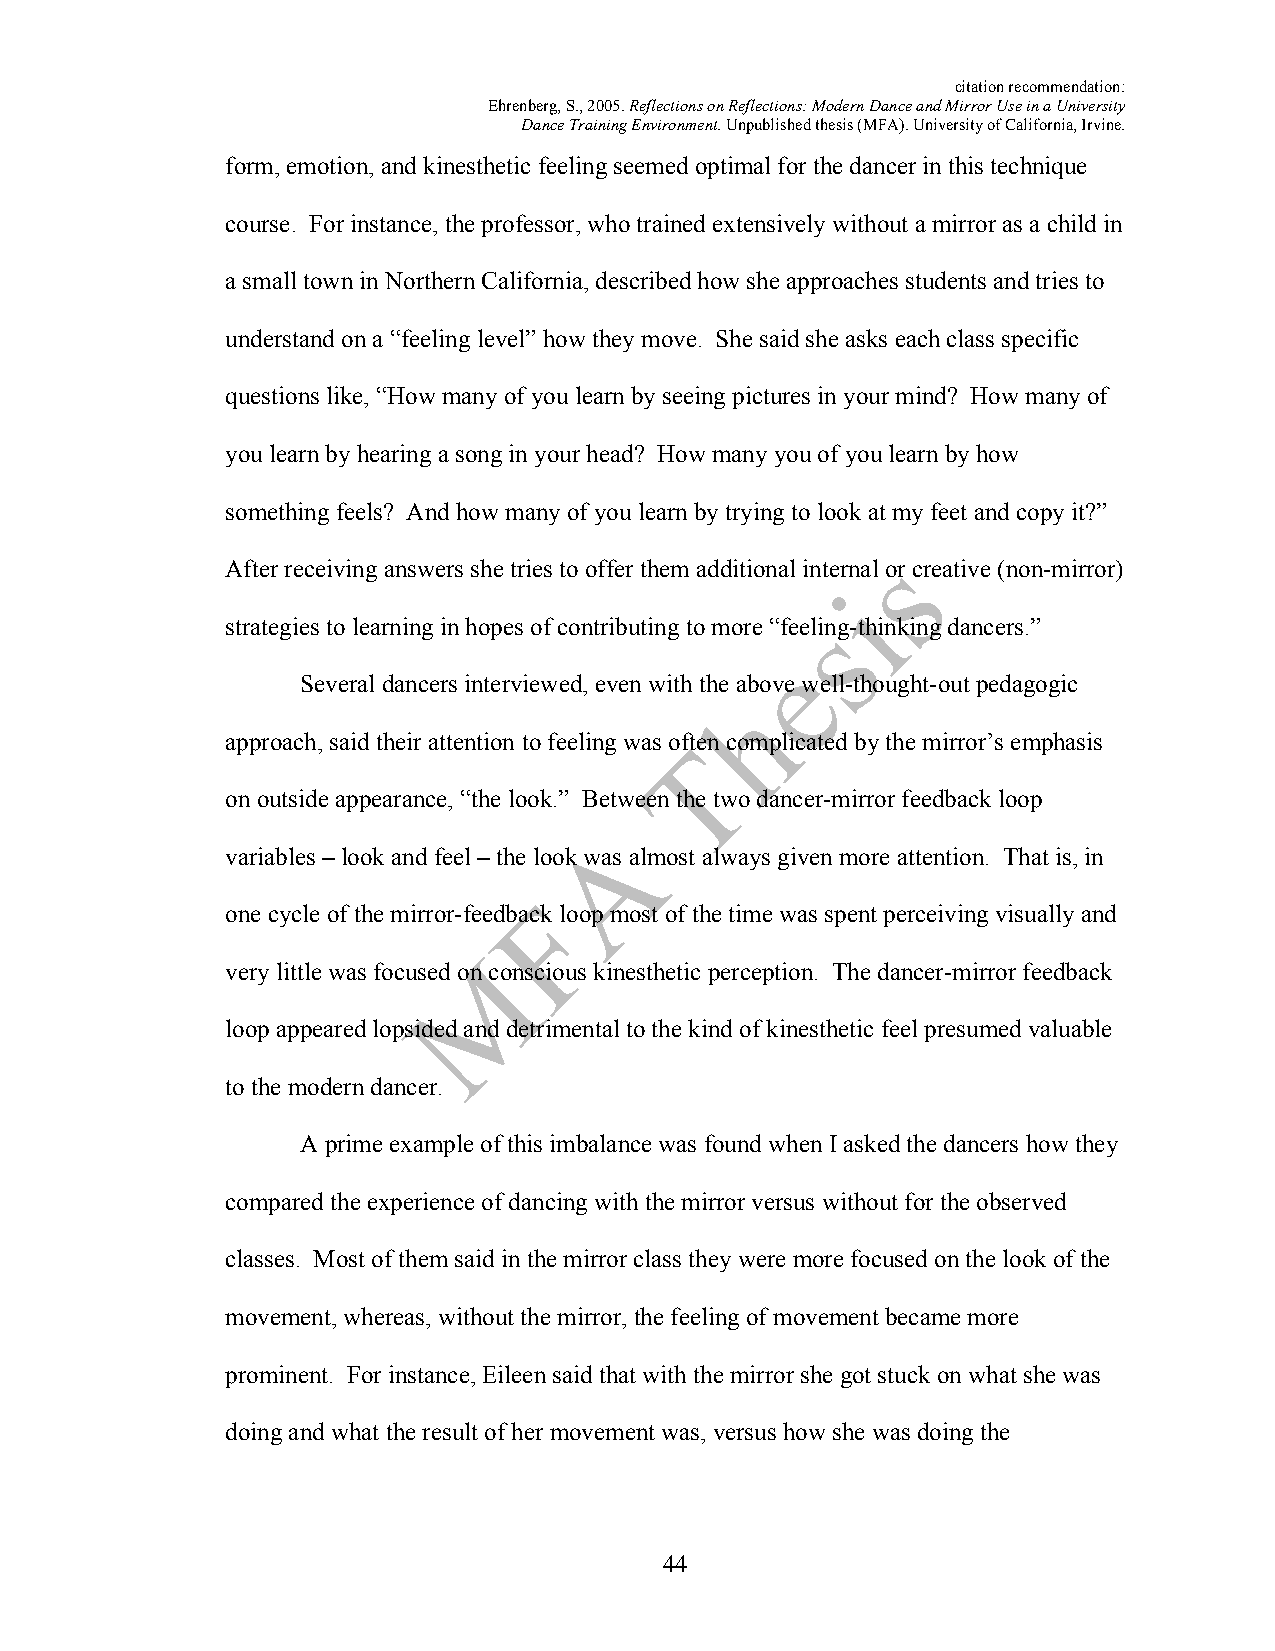
citation recommendation:
 Ehrenberg, S., 2005. Reflections on Reflections: Modern Dance and Mirror Use in a University
 Dance Training Environment. Unpublished thesis (MFA). University of California, Irvine.
 form, emotion, and kinesthetic feeling seemed optimal for the dancer in this technique
 course. For instance, the professor, who trained extensively without a mirror as a child in
 a small town in Northern California, described how she approaches students and tries to
 understand on a “feeling level” how they move. She said she asks each class specific
 questions like, “How many of you learn by seeing pictures in your mind? How many of
 you learn by hearing a song in your head? How many you of you learn by how
 something feels? And how many of you learn by trying to look at my feet and copy it?”
 After receiving answers she tries to offer them additional internal or creative (non-mirror)
 strategies to learning in hopes of contributing to more “feeling-thinking dancers.”
 Several dancers interviewed, even with the above well-thought-out pedagogic
 approach, said their attention to feeling was often complicated by the mirror’s emphasis
 on outside appearance, “the look.” Between the two dancer-mirror feedback loop
 variables – look and feel – the look was almost always given more attention. That is, in
 one cycle of the mirror-feedback loop most of the time was spent perceiving visually and
 very little was focused on conscious kinesthetic perception. The dancer-mirror feedback
 loop appeared lopsided and detrimental to the kind of kinesthetic feel presumed valuable
 to the modern dancer.
 A prime example of this imbalance was found when I asked the dancers how they
 compared the experience of dancing with the mirror versus without for the observed
 classes. Most of them said in the mirror class they were more focused on the look of the
 movement, whereas, without the mirror, the feeling of movement became more
 prominent. For instance, Eileen said that with the mirror she got stuck on what she was
 doing and what the result of her movement was, versus how she was doing the
 44